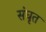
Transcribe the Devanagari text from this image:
संघृत